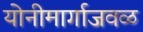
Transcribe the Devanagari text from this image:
योनीमार्गाजवळ